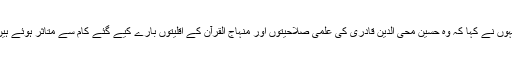
انہوں نے کہا کہ وہ حسین محی الدین قادری کی علمی صلاحیتوں اور منہاج القرآن کے اقلیتوں بارے کیے گئے کام سے متاثر ہوئے ہیں۔